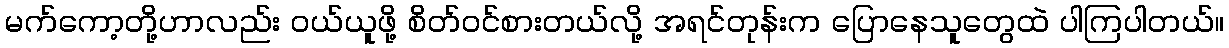
မက်ကော့တို့ဟာလည်း ဝယ်ယူဖို့ စိတ်ဝင်စားတယ်လို့ အရင်တုန်းက ပြောနေသူတွေထဲ ပါကြပါတယ်။